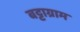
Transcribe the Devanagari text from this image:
बट्टाग्राम